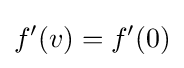
f'(v)=f'(0)